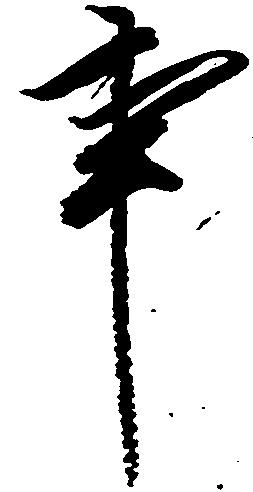
事